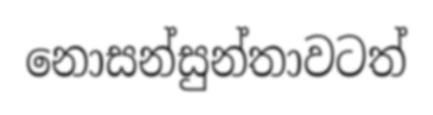
නොසන්සුන්තාවටත්